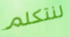
لنتكلم